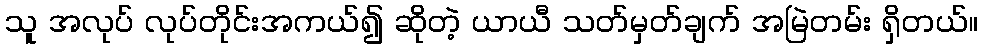
သူ အလုပ် လုပ်တိုင်းအကယ်၍ ဆိုတဲ့ ယာယီ သတ်မှတ်ချက် အမြဲတမ်း ရှိတယ်။